Vaccination report Assam 1874-1896 - 1874-1896
Year: 1874
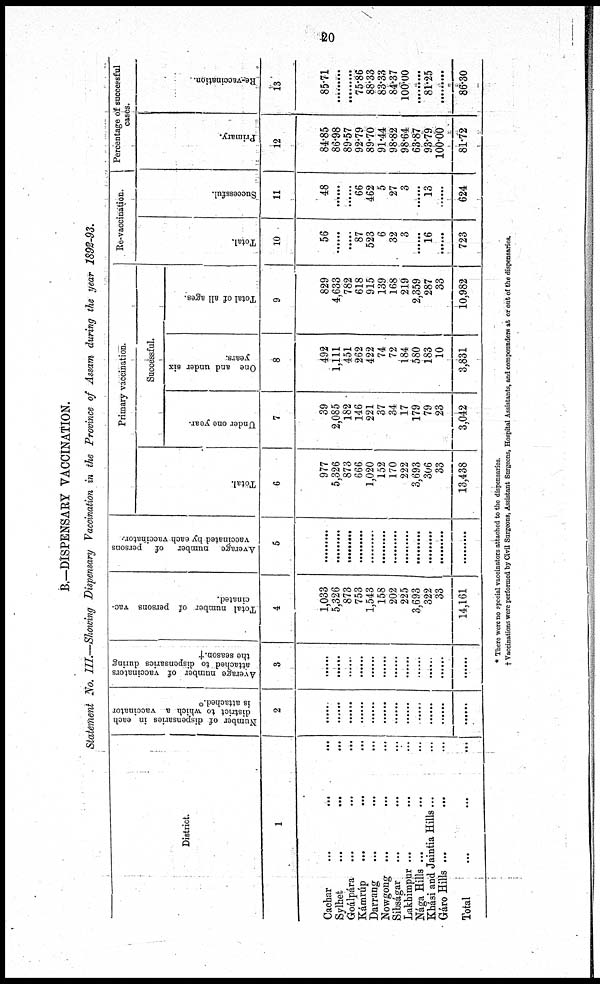
20
B.—DISPENSARY VACCINATION.
Statement No. III.—Showing Dispensary Vaccination in the Province of Assam during the year 1892-93.
District
1
Cachar
...
...
...
Sylhet
...
...
...
Goálpára
...
...
...
Kámrúp ... ... ...
Darrang ... ... ...
Nowgong
...
...
...
Sibságar ... ... ...
Lakhimpur ...
...
...
Nága Hills ... ... ...
Khási and Jaintia Hills ... ...
Gáro Hills ...
... ...
Total ... ... ...
Number of dispensaries in each
district to which a vaccinator
is attached.*
2
.....
.....
......
......
......
......
......
......
......
......
......
......
Average number of vaccinators
attached to dispensaries during
the season.†
3
......
.....
.......
......
......
......
......
......
......
......
......
Total number of persons vac-
cinated.
4
1,033
5,326
873
753
1,543
158
202
225
3,693
322
33
14,161
Average number of persons
vaccinated by each vaccinator.*
5
.........
.........
.........
.........
.........
.........
.........
.........
.........
.........
.........
.........
Primary vaccination.
Total.
6
977
5,326
873
666
1,020
152
170
222
3,693
306
33
13,438
Successful.
Under one year.
7
39
2,085
182
146
221
37
34
17
179
79
23
3,042
One and under six
years.
8
492
1,111
451
262
422
74
72
184
580
183
10
3,831
Total of all ages.
9
829
4,633
782
618
915
139
168
219
2,359
287
33
10,982
Re-vaccination.
Total.
10
56
......
......
87
523
6
32
3
......
16
......
723
Successful.
11
48
.........
.........
66
462
5
27
3
......
13
......
624
Percentage of successful
cases.
Primary.
12
84.85
86.98
89.57
92.79
89.70
91.44
98.82
98.64
63.87
93.79
100.00
81.72
Re-vaccination.
13
85.71
.........
.........
75.86
88.33
83.33
84.37
100.00
.........
81.25
.........
86.30
* There were no special vaccinators attached to the dispensaries.
† Vaccinations were performed by Civil Surgeons, Assistant Surgeons, Hospital Assistants, and compounders at or out of the dispensaries.